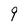
Character: 9